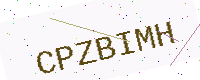
Text: CPZBIMH